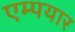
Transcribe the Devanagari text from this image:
एम्पयार